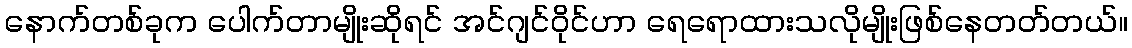
နောက်တစ်ခုက ပေါက်တာမျိုးဆိုရင် အင်ဂျင်ဝိုင်ဟာ ရေရောထားသလိုမျိုးဖြစ်နေတတ်တယ်။